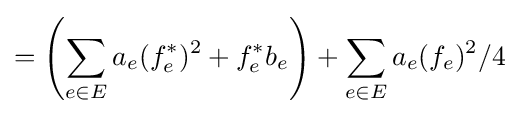
=\left(\sum _{e\in E}a_{e}(f_{e}^{*})^{2}+f_{e}^{*}b_{e}\right)+\sum _{e\in E}a_{e}(f_{e})^{2}/4